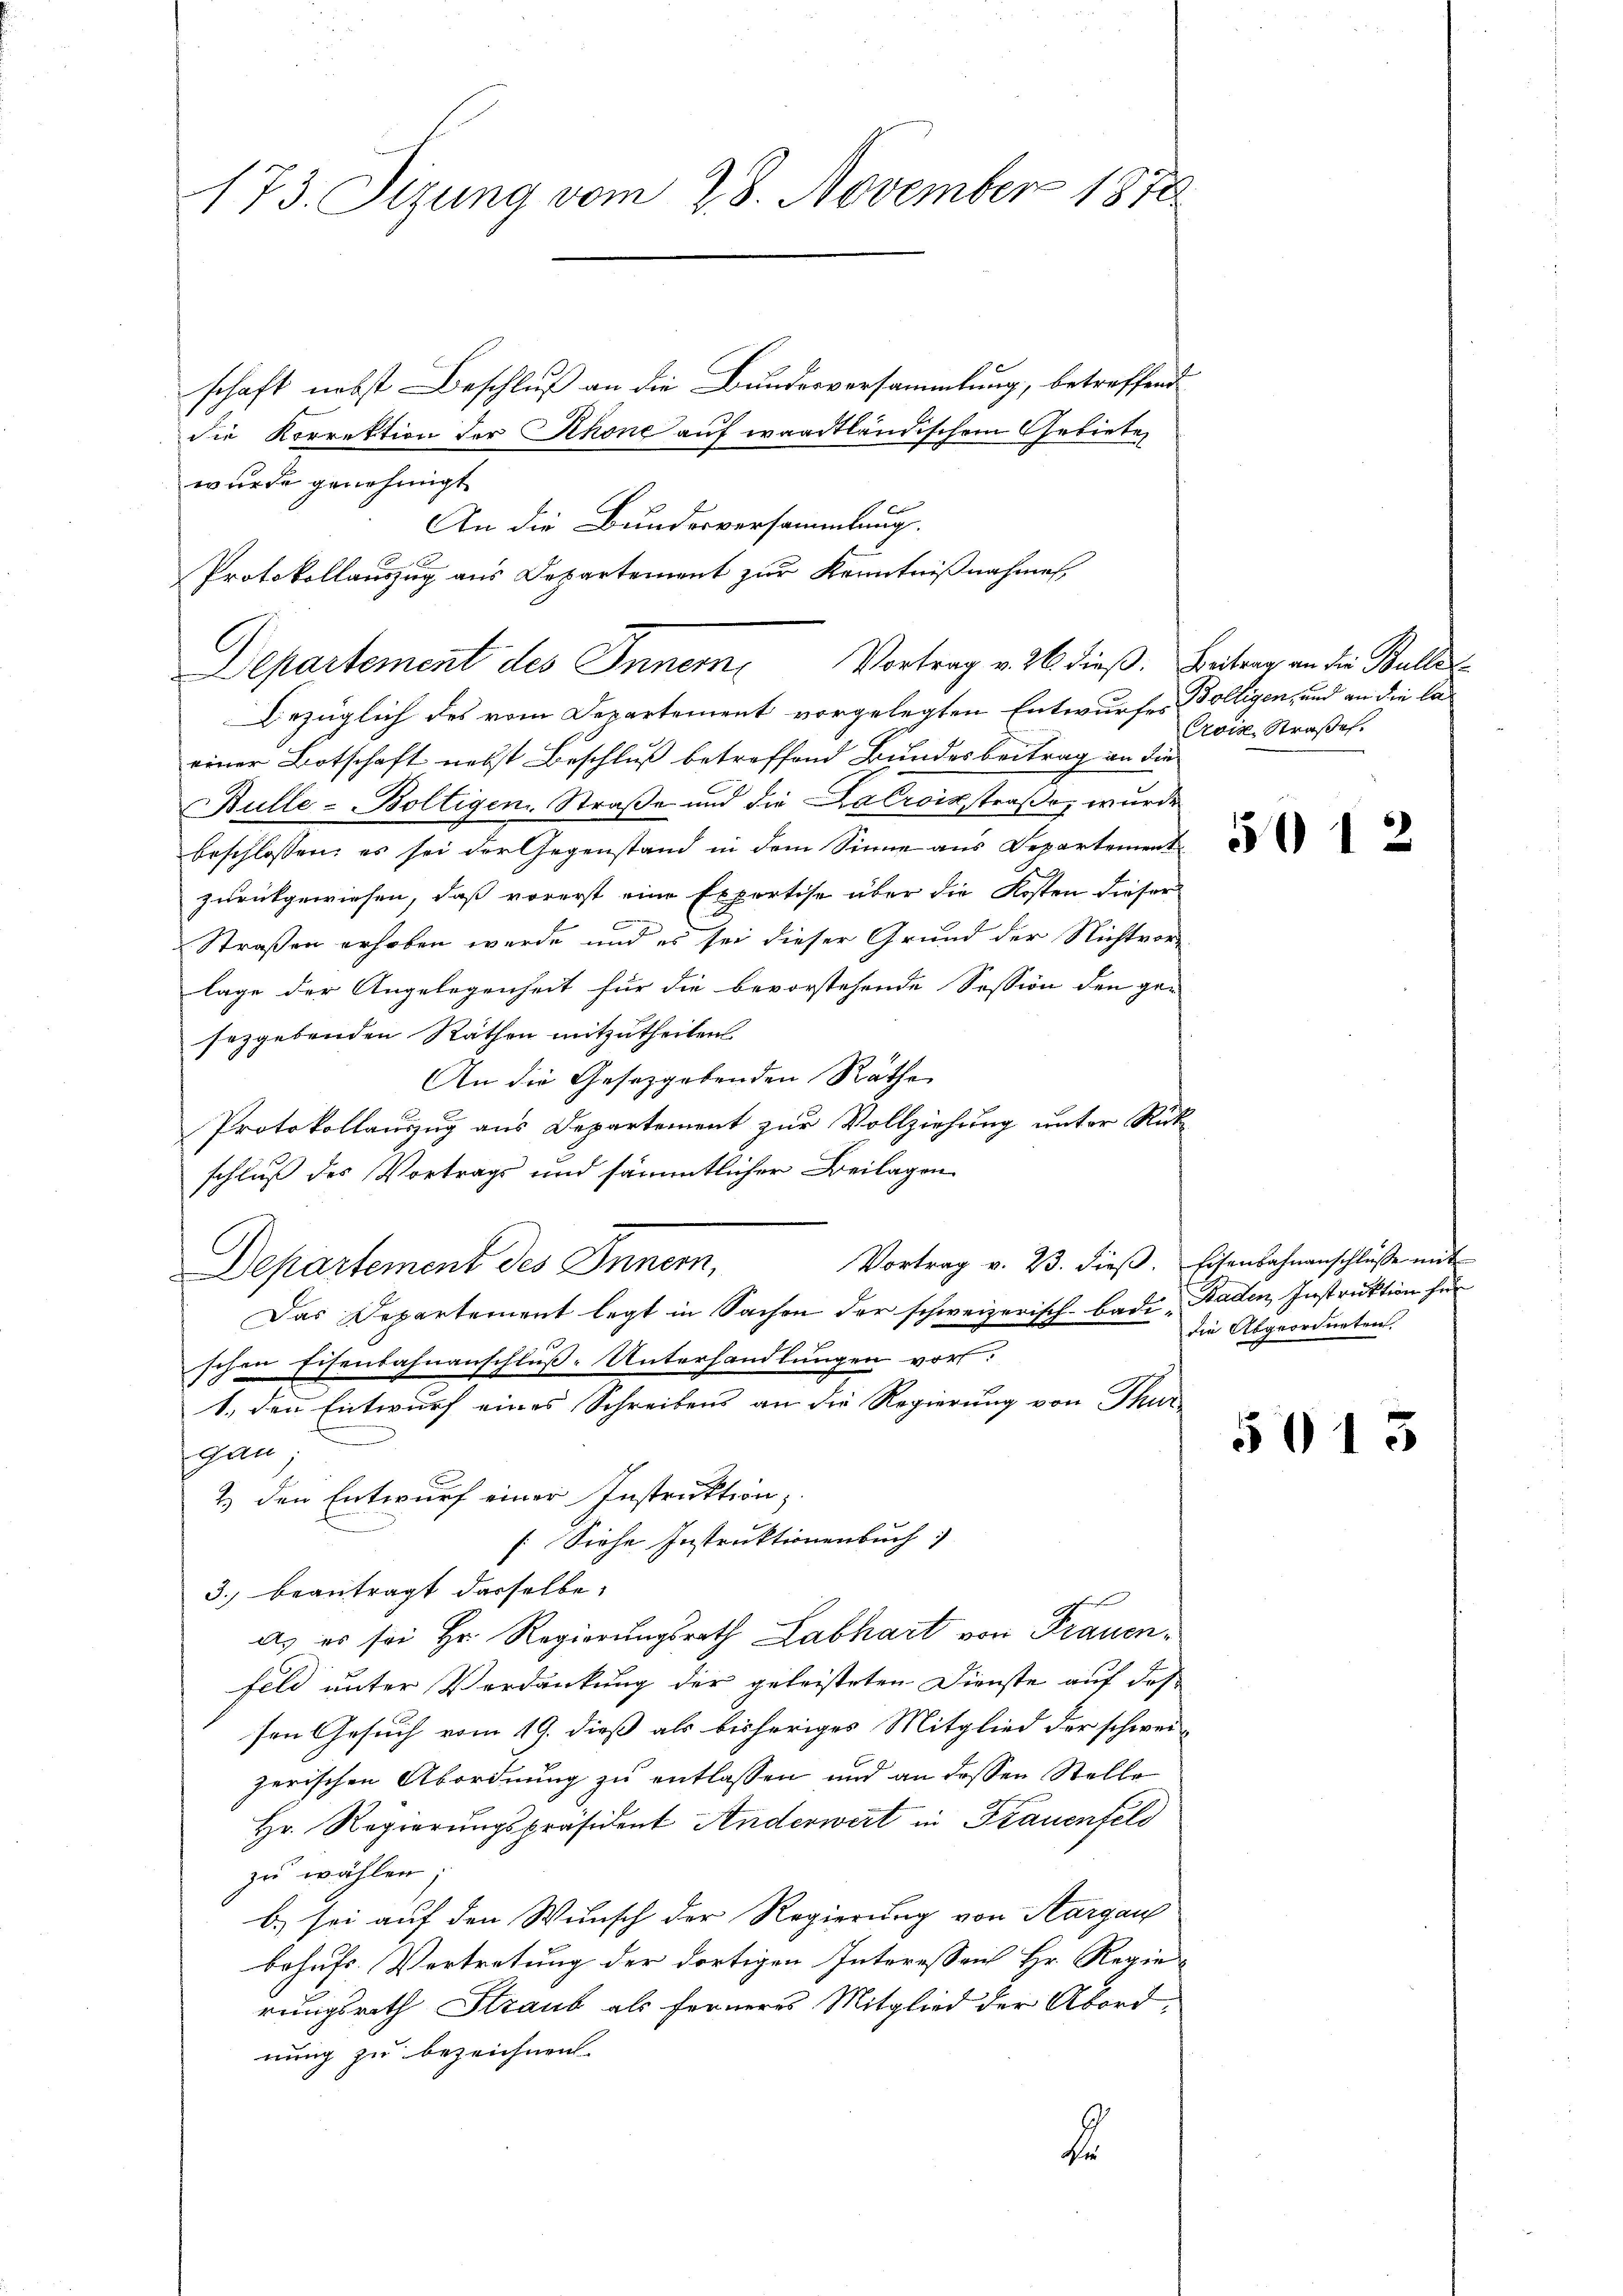
173. Sizung vom 28. November 1870

schaft nebst Beschluß an die Bundesversammlung, betreffend
die Korrektion der Rhone auf waadtländischem Gebieten
wurde genehmigt
An die Bundesversammlung.
Protokollauszug aus Departement zur Kenntnißnahmen,
Bezüglich des vom Departement vorgelegten Entwurfes Bolligen, und an die la
einer Botschaft nebst Beschluß betreffend Bundesbeitrag an die
Bulle-Boltigen Straße und die Lacroisstraße, wurde
beschlossen; es sei der Gegenstand in dem Sinne aus Departement
R
zurückgewiesen, daß vorerst eine Expertise über die Kosten dieser
Straßen erhoben werde und es sei dieser Grund der Nichtver-
lage der Angelegenheit für die bevorstehende Session den ge-
sezgebenden Räthen mitzutheilen.
An die Gesetzgebenden Rathe
Protokollauszug aus Departement zur Vollziehung unter Rück-
schluß des Vortrags und sämmtlicher Beilagen
Vortrag v. 23. dieβ. Eisenbahnanschlüsse mit
Departement des Inner,
Das Departement legt in Sachen der schweizerisch-bade Baden, Instruktion für
schen Eisenbahnanschluß-Unterhandlungen vor:
1., denn Entwurf eines Schreibens an die Regierung von Thur-
gan
2.) Den Entwurf einer Instruktion,
[Siehe Instruktionenbuch
3. beantragt dasselbe.
as es sei Hr. Regierungsrath Labhart von Frauenfeld unter Verdankung der geleisteten Dienste auf das
sen Gesuch vom 19. dieß als bisheriges Mitglied der schwei-
zerischen Abordnung zu entlassen und an dessen Stelle
Hr. Regierungspräsident Anderwert in Frauenfeld
zu wählen.
b.) sei auf den Wunsch der Regierung von Aargau
behufs Vertretung der dortigen Interesseich Hr. Regie-
rungsrath Straub als ferneres Mitglied der Abordnung zu bezeichnen. |
2

Departement des Innern Vortrag v. 26. dieß. Beitrag an die Bulle

Crois Straße.

51

die Abgeordneten.

5013